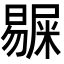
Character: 𭧺